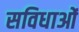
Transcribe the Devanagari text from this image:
सविधाओं